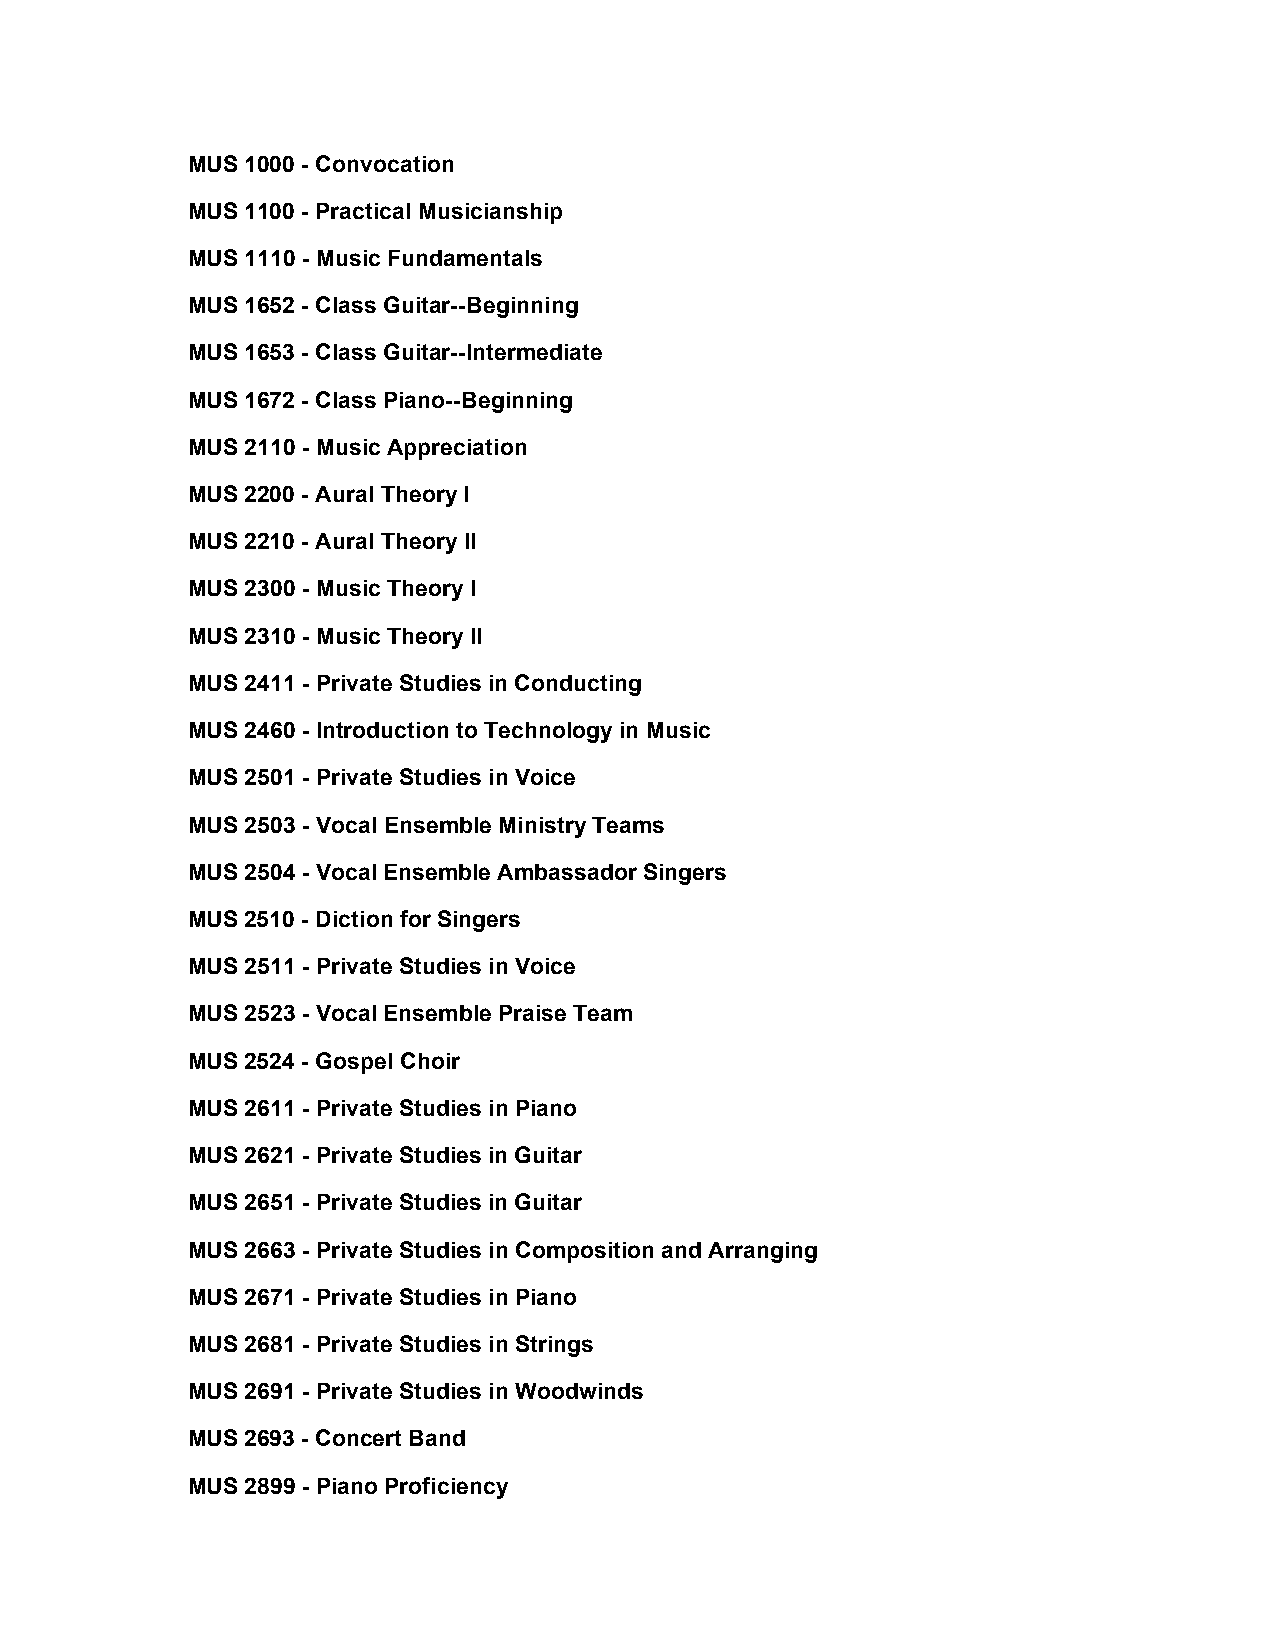
MUS 1000 - Convocation
 MUS 1100 - Practical Musicianship
 MUS 1110 - Music Fundamentals
 MUS 1652 - Class Guitar--Beginning
 MUS 1653 - Class Guitar--Intermediate
 MUS 1672 - Class Piano--Beginning
 MUS 2110 - Music Appreciation
 MUS 2200 - Aural Theory I
 MUS 2210 - Aural Theory II
 MUS 2300 - Music Theory I
 MUS 2310 - Music Theory II
 MUS 2411 - Private Studies in Conducting
 MUS 2460 - Introduction to Technology in Music
 MUS 2501 - Private Studies in Voice
 MUS 2503 - Vocal Ensemble Ministry Teams
 MUS 2504 - Vocal Ensemble Ambassador Singers
 MUS 2510 - Diction for Singers
 MUS 2511 - Private Studies in Voice
 MUS 2523 - Vocal Ensemble Praise Team
 MUS 2524 - Gospel Choir
 MUS 2611 - Private Studies in Piano
 MUS 2621 - Private Studies in Guitar
 MUS 2651 - Private Studies in Guitar
 MUS 2663 - Private Studies in Composition and Arranging
 MUS 2671 - Private Studies in Piano
 MUS 2681 - Private Studies in Strings
 MUS 2691 - Private Studies in Woodwinds
 MUS 2693 - Concert Band
 MUS 2899 - Piano Proficiency